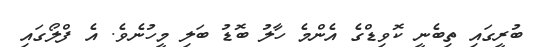
ބުރީގައި ތިބެނީ ކޮވިޑްގެ އެންމެ ހާލު ބޮޑު ބަލި މީހުނެވެ. އެ ފްލޯގައި